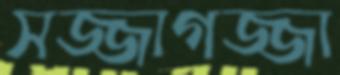
সজ্জাগজ্জা